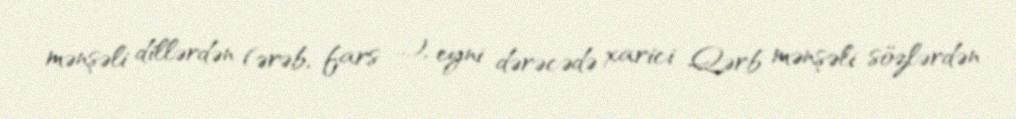
mənşəli dillərdən (ərəb, fars ...), eyni dərəcədə xarici Qərb mənşəli sözlərdən